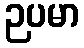
ဉပမာ